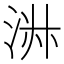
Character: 㳤